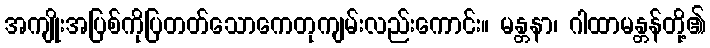
အကျိုးအပြစ်ကိုပြတတ်သောကေတုကျမ်းလည်းကောင်း။ မန္တနာ၊ ဂါထာမန္တန်တို့၏